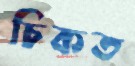
চিকত